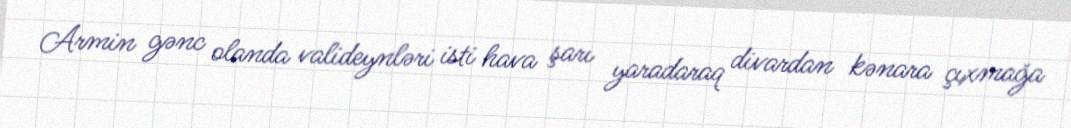
Armin gənc olanda valideynləri isti hava şarı yaradaraq divardan kənara çıxmağa